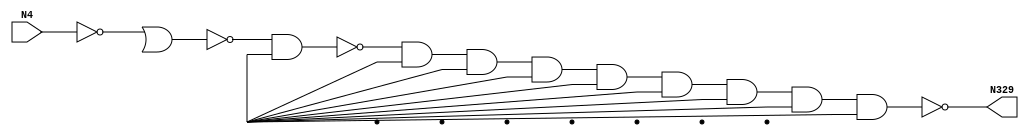
module singlepath (N4, N329);
input N4;
output N329;
wire N380, N260, N157, N319, N309, N296, N158, N154, N330, N119, Vcc, gnd;
not NOT1_2(N119, N4);
nand NAND2_19(N154, N4, Vcc);
nor NOR2_20(N157, N119, gnd);
nor NOR2_21(N158, N119, gnd);
nand NAND2_68(N260, N157, Vcc);
and AND9_86(N296, N260, Vcc, Vcc, Vcc, Vcc, Vcc, Vcc, Vcc, Vcc);
not NOT1_96(N309, N296);
not NOT1_97(N319, N296);
not NOT1_98(N329, N296);
xor XOR2_99(N330, N260, Vcc);
nand NAND4_138(N380, N4, Vcc, Vcc, Vcc);

endmodule